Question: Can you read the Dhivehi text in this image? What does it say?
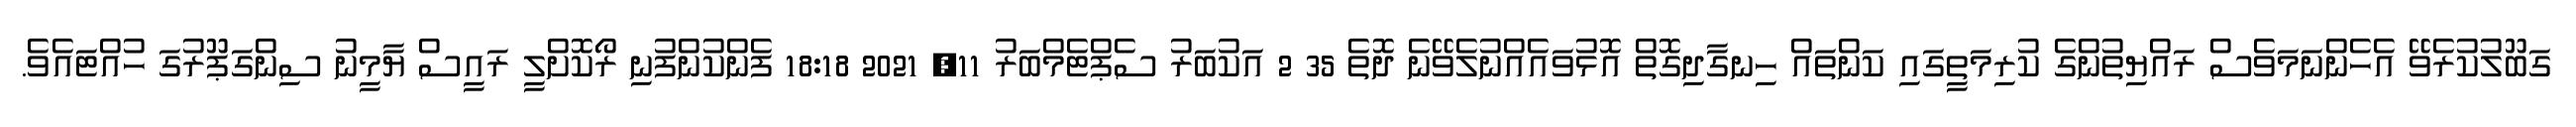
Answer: ގަބޫލުކުރެވޭ އެހެންނަމަވެސް ރައްޔިތުންގެ ކުރިމަތީގައި ކަންތައް ހިނގާދިގޮތް އޮޅުވައެއްނުލެވޭނެ ދޮތެ 35 2 އަކުބަރު ސެޕްޓެމްބަރު 11, 2021 18:18 ފެންކުންފުނި ރޯކޮށްލީ ރައީސް ޔާމީނު ސިންގަޕޫރުގަ ހުއްޓައެވެ.